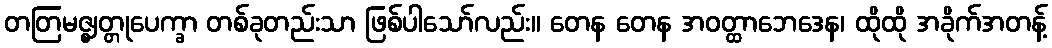
တတြမဇ္ဈတ္တုပေက္ခာ တစ်ခုတည်းသာ ဖြစ်ပါသော်လည်း။ တေန တေန အဝတ္ထာဘေဒေန၊ ထိုထို အခိုက်အတန့်